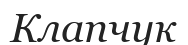
Клапчук